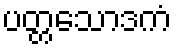
ပတ္တသောဒကံ